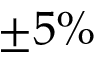
\pm 5 \%